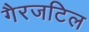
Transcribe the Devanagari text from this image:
गैरजटिल